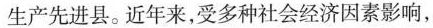
生产先进县。近年来，受多种社会经济因素影响，